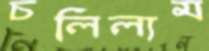
চলিলাম